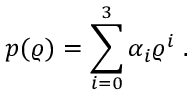
p ( \varrho ) = \sum _ { i = 0 } ^ { 3 } \alpha _ { i } \varrho ^ { i } \; .